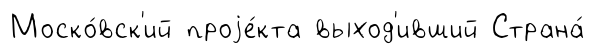
Моско́вск'ий проjе́кта выход'ивший Страна́